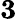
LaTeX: \boldsymbol{3}